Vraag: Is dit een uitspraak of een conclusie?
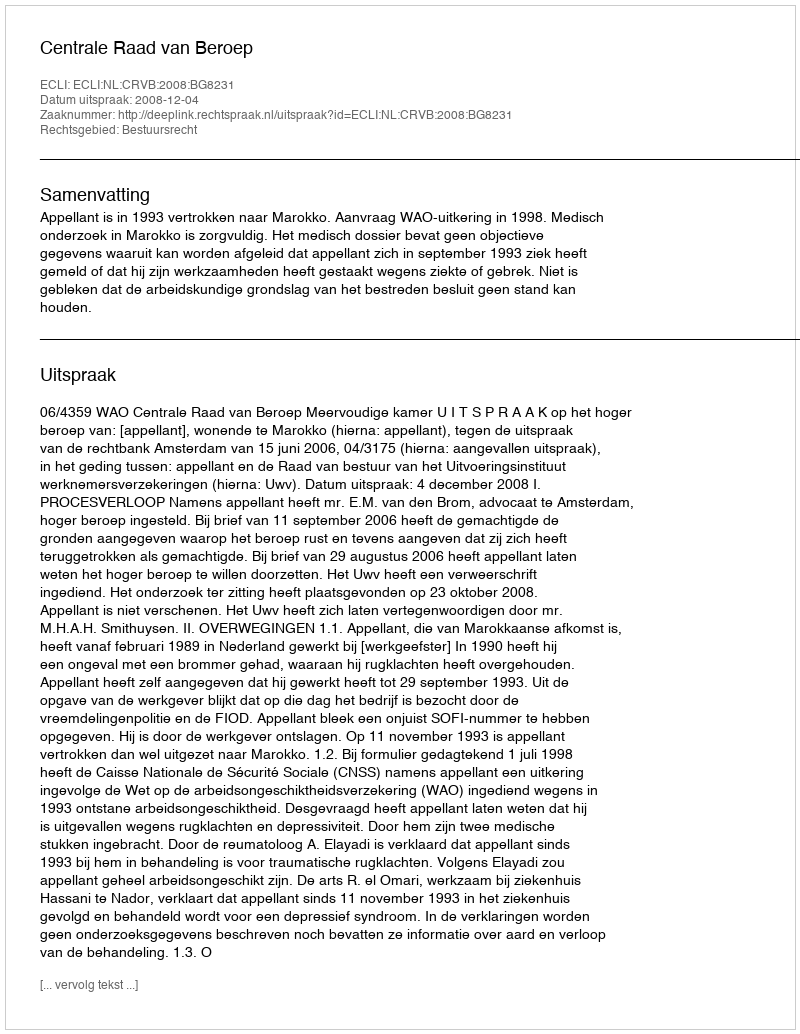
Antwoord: Uitspraak